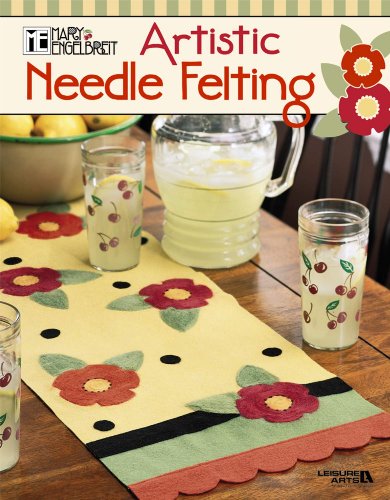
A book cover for Mary Engelbreit: Artistic Needle Felting  (Leisure Arts #4409); Mary Engelbreit Ent.; Crafts, Hobbies & Home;